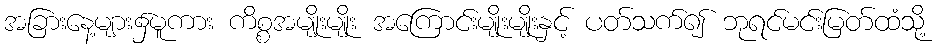
အခြားနေ့များ၌မူကား ကိစ္စအမျိုးမျိုး အကြောင်းမျိုးမျိုးနှင့် ပတ်သက်၍ ဘုရင်မင်းမြတ်ထံသို့